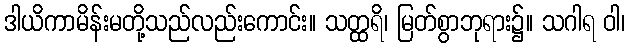
ဒါယိကာမိန်းမတို့သည်လည်းကောင်း။ သတ္ထရိ၊ မြတ်စွာဘုရား၌။ သဂါရ ဝါ၊